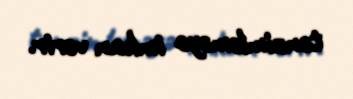
tənzimləməyə imkan verir.